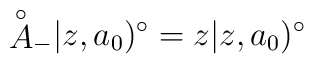
{\mathop{A}^\circ}_-|z,a_0)^\circ =z|z,a_0)^\circ